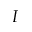
I